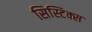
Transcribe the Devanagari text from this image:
सिस्टिक्स